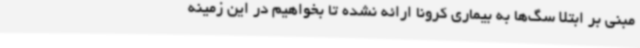
مبنی بر ابتلا سگ‌ها به بیماری کرونا ارائه نشده تا بخواهیم در این زمینه